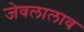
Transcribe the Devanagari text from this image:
जेवलालाव